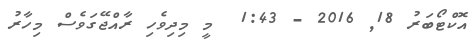
އޮކްޓޯބަރު 18